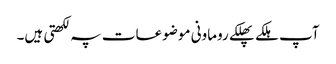
آپ ہلکے پھلکے روماونی موضوعات پہ لکھتی ہیں۔